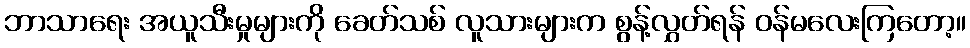
ဘာသာရေး အယူသီးမှုများကို ခေတ်သစ် လူသားများက စွန့်လွှတ်ရန် ဝန်မလေးကြတော့။